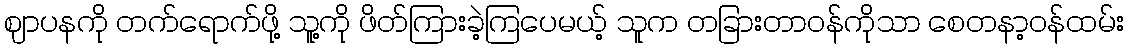
ဈာပနကို တက်ရောက်ဖို့ သူ့ကို ဖိတ်ကြားခဲ့ကြပေမယ့် သူက တခြားတာဝန်ကိုသာ စေတနာ့ဝန်ထမ်း